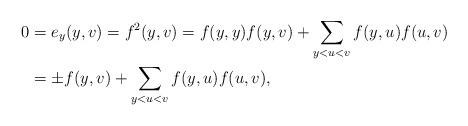
LaTeX: \begin{align*}0&=e_y(y,v)=f^2(y,v)=f(y,y)f(y,v)+\sum_{y<u<v}f(y,u)f(u,v)\\&=\pm f(y,v)+\sum_{y<u<v}f(y,u)f(u,v),\end{align*}